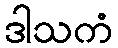
ဒါသကံ